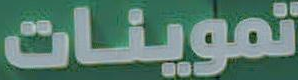
تموينات